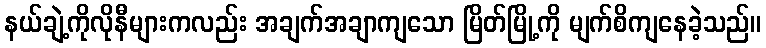
နယ်ချဲ့ကိုလိုနီများကလည်း အချက်အချာကျသော မြိတ်မြို့ကို မျက်စိကျနေခဲ့သည်။